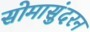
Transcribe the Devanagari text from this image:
सोमासुंदरन